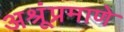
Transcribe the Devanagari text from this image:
अश्रूंप्रमाणे